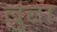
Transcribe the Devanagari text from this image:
बुंदा